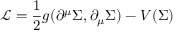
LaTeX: { \mathcal { L } } = { \frac { 1 } { 2 } } g ( \partial ^ { \mu } \Sigma , \partial _ { \mu } \Sigma ) - V ( \Sigma )